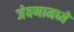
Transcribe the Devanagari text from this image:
जेवणामध्ये